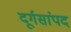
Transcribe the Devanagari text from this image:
दूर्गसांपद